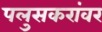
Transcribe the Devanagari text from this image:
पलुसकरांवर